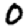
Digit: 0